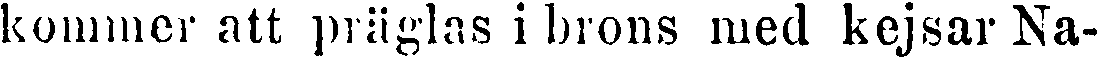
kommer att präglas i brons med kejsar Na-